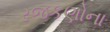
રજકણોના